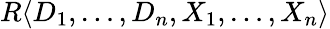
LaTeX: R\langle D_{1},\ldots,D_{n},X_{1},\ldots,X_{n}\rangle